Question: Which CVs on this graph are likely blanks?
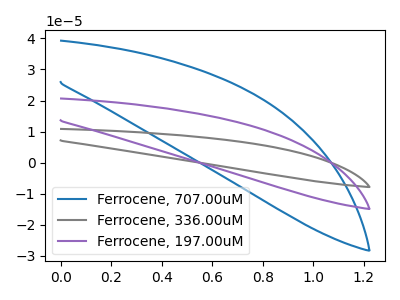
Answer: <think>The blue curve "Ferrocene, 707.00uM" has no peaks. The gray curve "Ferrocene, 336.00uM" has no peaks. The purple curve "Ferrocene, 197.00uM" has no peaks.</think>
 <answer>"Ferrocene, 707.00uM", "Ferrocene, 336.00uM" and "Ferrocene, 197.00uM" are likely to be blanks.</answer>
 <eval>"Ferrocene, 707.00uM", "Ferrocene, 336.00uM", "Ferrocene, 197.00uM"</eval>